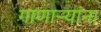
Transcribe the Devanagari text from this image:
गाणाऱ्यांना